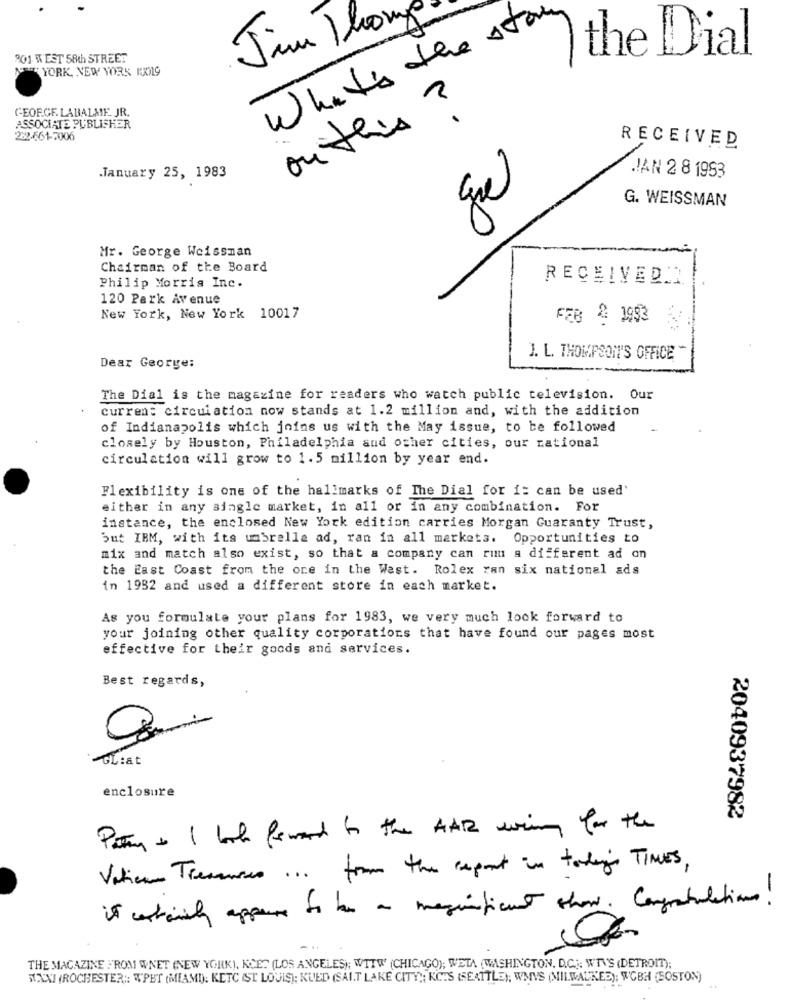
What's the star
Jim Thon
901 WEST 58th STREET
the Dial
NEW YORK, NEW YORK KAN9
GEOF.GE. LABALME. JR.
ou this ?
ASSOCIATE PUBLISHER
282-661-7006
RECEIVED
January 25, 1983
IAN 2 8 1993
gre
G. WEISSMAN
Mr. George Weissman
Chairman of the Board
RECEIVED.I
Philip Morris Inc.
120 Park Avenue
New York, New York 10017
FEB & 1993
J. L. THOMPSON'S OFFICE
Dear George:
The Dial is the magazine for readers who watch public television. Our
curren: circulation now stands at 1.2 million and, with the addition
of Indianapolis which joins us with the May issue, to be followed
closely by Houston, Philadelphia and other cities, our rational
circulation will grow to 1.5 million by year end.
Flexibility is one of the hallmarks of The Dial for i= can be used'
either in any single market, in all or in any combination. For
instance, the enclosed New York edition carries Morgan Guaranty Trust,
but IBM, with its umbrella ad, ran in all markets. Opportunities to
mix and match also exist, so that a company can rum a different ad on
the East Coast from the ore in the West. Rolex ran six national ads
in 1982 and used a different store in each market.
As you formulate your plans for 1983, we very much look forward to
your joining other quality corporations that have found our pages most
effective for their goods and services.
Best regards,
GL:at
enclosure
2040937982
Patry to I look forward to the HAR wing for the
Vatican Treasures ... from the export in today's TIMES ,
it certainly appears to has a magnificent show . Congratulations !
THE MAGAZINE FROM WNET (NEW YORK), KCET (LOS ANGELES); WTIW (CHICAGO); WETA (WASHINGTON, D.C .;; WTV'S (DETROIT);
S.XXI (ROCHESTER ;: WPET (MIAMI); KETC IST LOUIS); KUED (SALT LAKE CITY"; KCTS (SEATTLE); WMYS (MILWAUKES); WOBH (SOSTON)